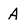
Character: A